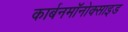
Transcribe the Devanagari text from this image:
कार्बनमॉनोक्साइड